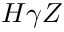
H \gamma Z